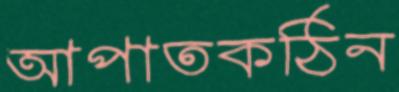
আপাতকঠিন